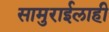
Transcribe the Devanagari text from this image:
सामुराईलाही